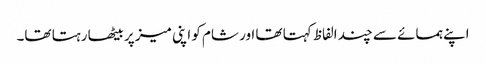
اپنے ہمسائے سے چند الفاظ کہتا تھا اور شام کو اپنی میز پر بیٹھا رہتا تھا۔